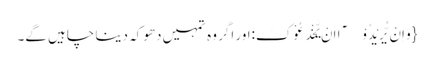
{وَ اِنْ یُّرِیْدُوْۤا اَنْ یَّخْدَعُوْکَ:اور اگر وہ تمہیں دھوکہ دینا چاہیں گے۔